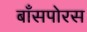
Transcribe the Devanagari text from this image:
बाँसपोरस